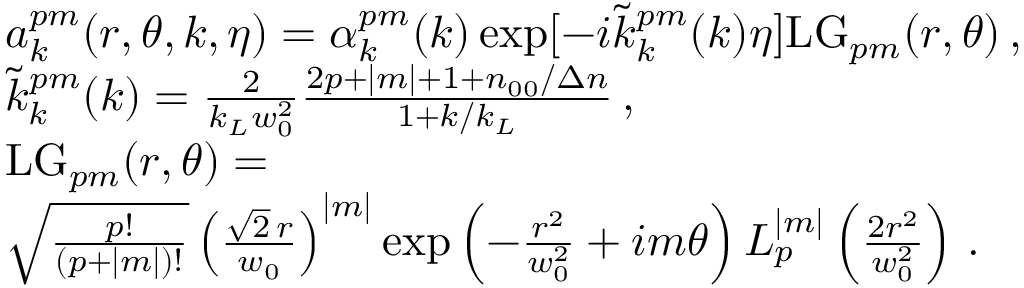
\begin{array} { r l } & { a _ { k } ^ { p m } ( r , \theta , k , \eta ) = \alpha _ { k } ^ { p m } ( k ) \exp [ - i \tilde { k } _ { k } ^ { p m } ( k ) \eta ] \mathrm { L G } _ { p m } ( r , \theta ) \, , } \\ & { \tilde { k } _ { k } ^ { p m } ( k ) = \frac { 2 } { k _ { L } w _ { 0 } ^ { 2 } } \frac { 2 p + | m | + 1 + n _ { 0 0 } / \Delta n } { 1 + k / k _ { L } } \, , } \\ & { \mathrm { L G } _ { p m } ( r , \theta ) = } \\ & { \sqrt { \frac { p ! } { ( p + | m | ) ! } } \left( \frac { \sqrt { 2 } \, r } { w _ { 0 } } \right) ^ { | m | } \exp \left( - \frac { r ^ { 2 } } { w _ { 0 } ^ { 2 } } + i m \theta \right) L _ { p } ^ { | m | } \left( \frac { 2 r ^ { 2 } } { w _ { 0 } ^ { 2 } } \right) \, . } \end{array}